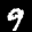
Label: 9